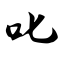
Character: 叱